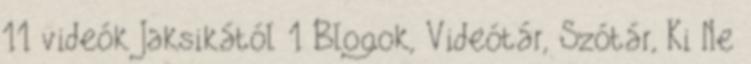
11 videók Jaksikától 1 Blogok, Videótár, Szótár, Ki Ne